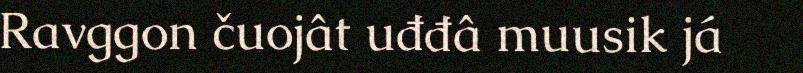
Ravggon čuojât uđđâ muusik já